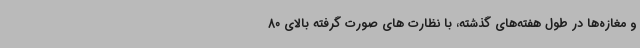
و مغازه‌ها در طول هفته‌های گذشته، با نظارت های صورت گرفته بالای 80